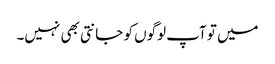
میں تو آپ لوگوں کو جانتی بھی نہیں۔